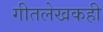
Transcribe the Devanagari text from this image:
गीतलेखकही